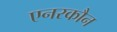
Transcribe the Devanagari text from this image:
एनरकौन